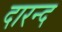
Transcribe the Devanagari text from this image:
दारन्द